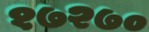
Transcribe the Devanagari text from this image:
१७२७०